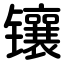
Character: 镶